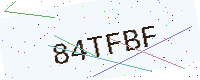
Text: 84TFBF